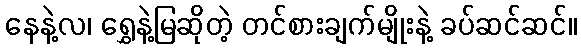
နေနဲ့လ၊ ရွှေနဲ့မြဆိုတဲ့ တင်စားချက်မျိုးနဲ့ ခပ်ဆင်ဆင်။